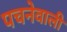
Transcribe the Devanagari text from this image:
पचनेवाली